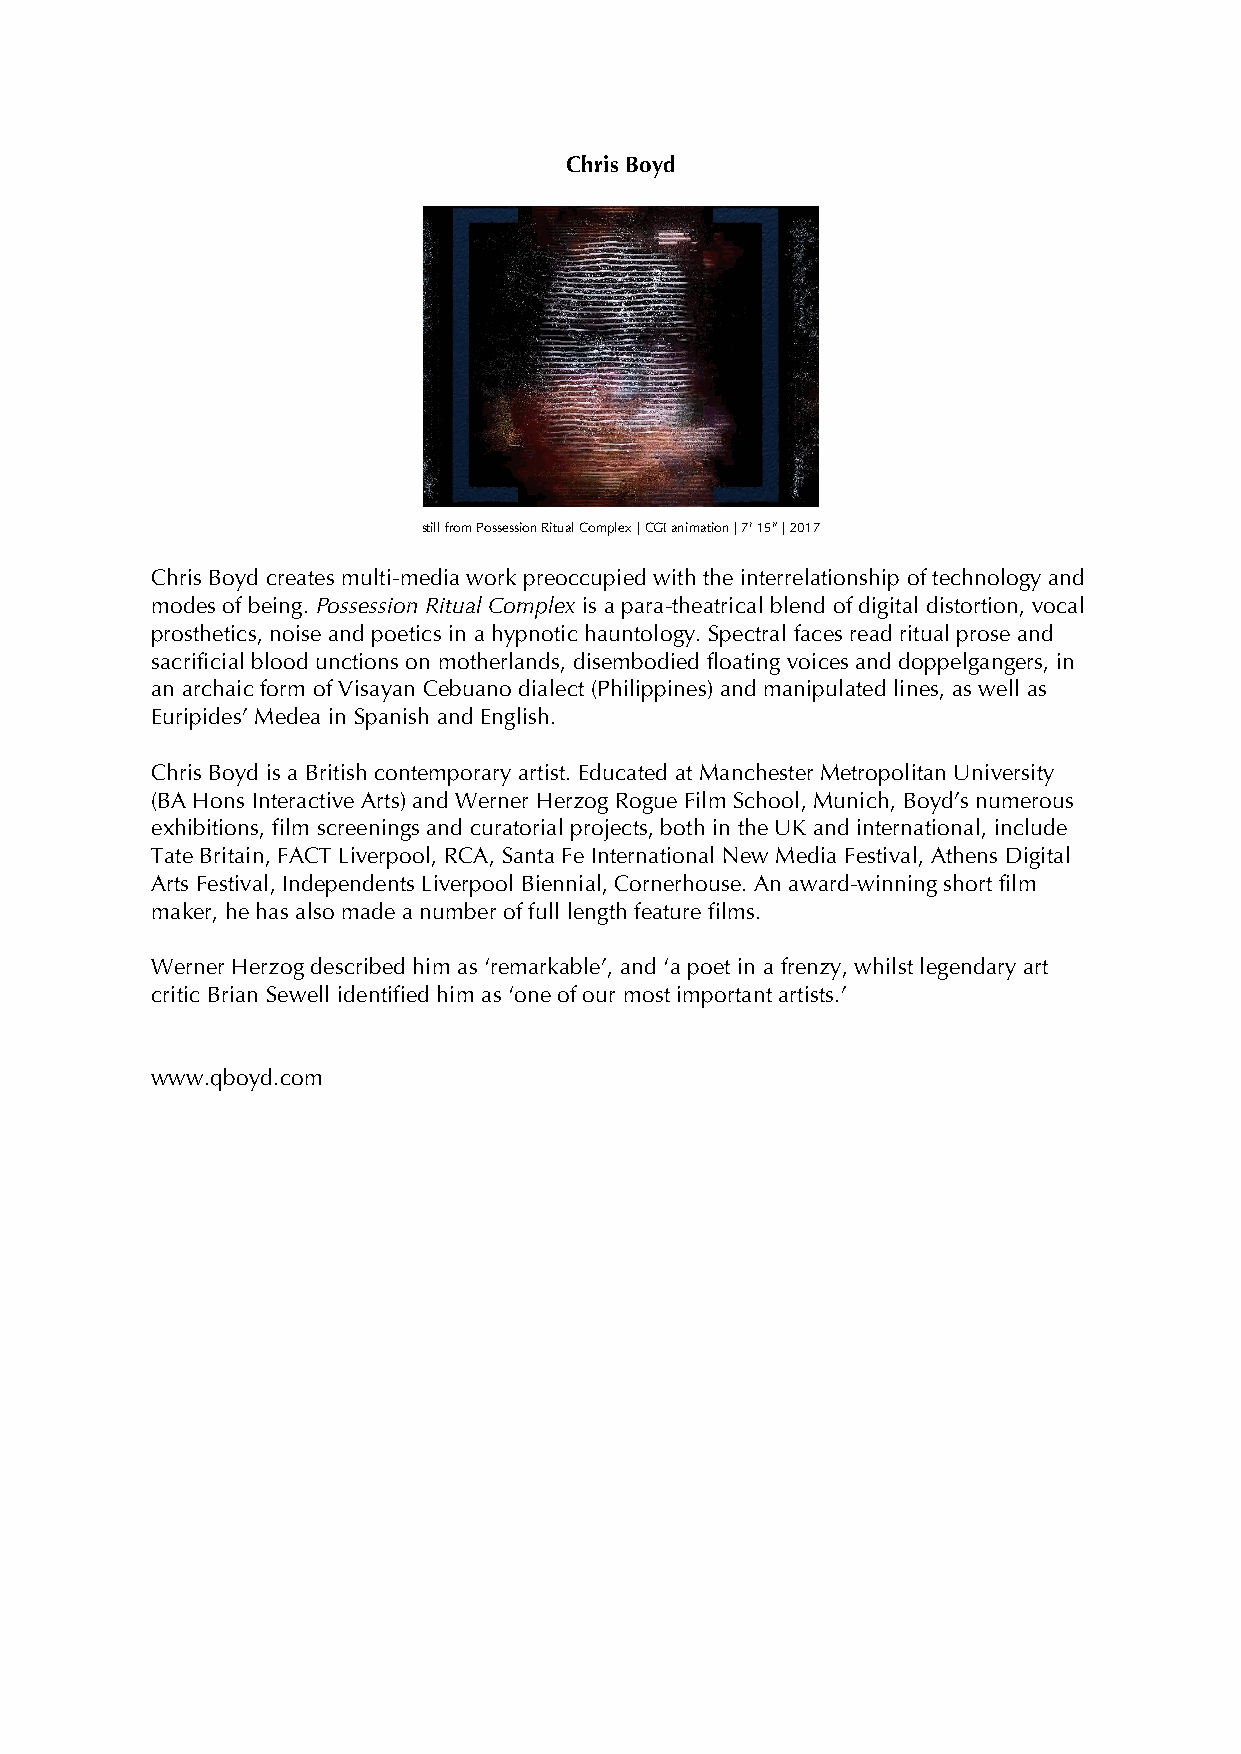
Chris Boyd
 still from Possession Ritual Complex | CGI animation | 7’ 15” | 2017
 Chris Boyd creates multi-media work preoccupied with the interrelationship of technology and
 modes of being. Possession Ritual Complex is a para-theatrical blend of digital distortion, vocal
 prosthetics, noise and poetics in a hypnotic hauntology. Spectral faces read ritual prose and
 sacrificial blood unctions on motherlands, disembodied floating voices and doppelgangers, in
 an archaic form of Visayan Cebuano dialect (Philippines) and manipulated lines, as well as
 Euripides’ Medea in Spanish and English.
 Chris Boyd is a British contemporary artist. Educated at Manchester Metropolitan University
 (BA Hons Interactive Arts) and Werner Herzog Rogue Film School, Munich, Boyd’s numerous
 exhibitions, film screenings and curatorial projects, both in the UK and international, include
 Tate Britain, FACT Liverpool, RCA, Santa Fe International New Media Festival, Athens Digital
 Arts Festival, Independents Liverpool Biennial, Cornerhouse. An award-winning short film
 maker, he has also made a number of full length feature films.
 Werner Herzog described him as ‘remarkable’, and ‘a poet in a frenzy, whilst legendary art
 critic Brian Sewell identified him as ‘one of our most important artists.’
 www.qboyd.com